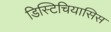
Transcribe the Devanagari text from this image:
डिस्टिचियासिस